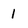
Character: l